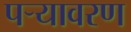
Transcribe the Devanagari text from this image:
पऱ्यावरण